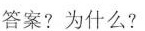
答案?为什么?